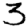
Digit: 3